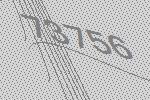
73756